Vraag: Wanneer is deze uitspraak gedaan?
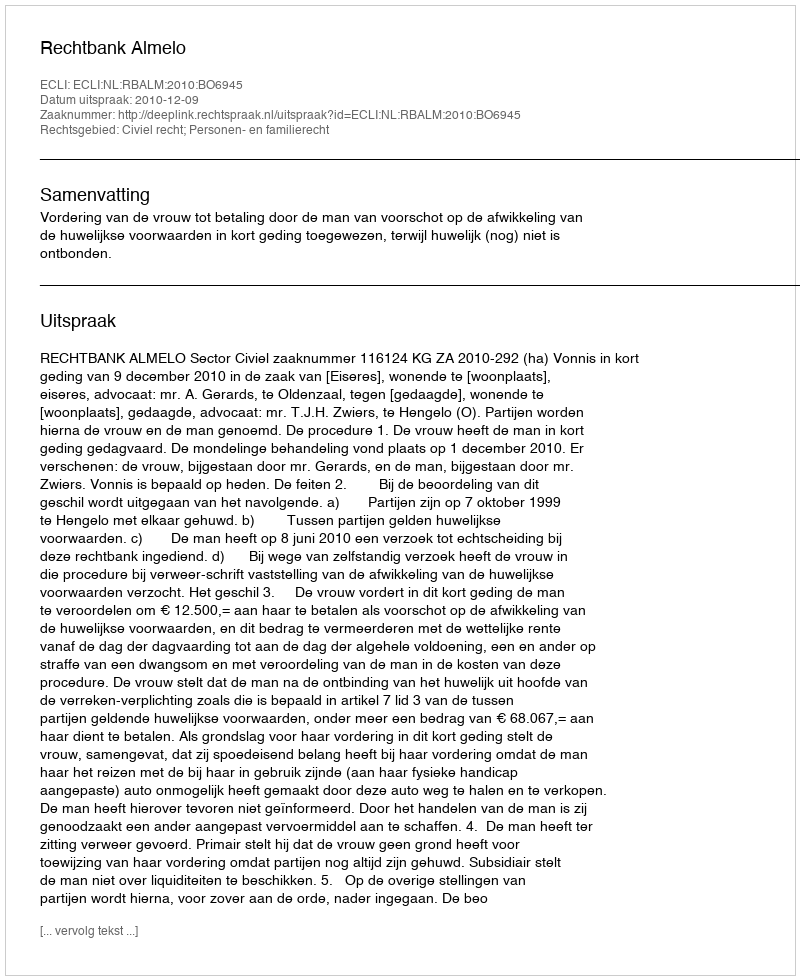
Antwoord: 2010-12-09